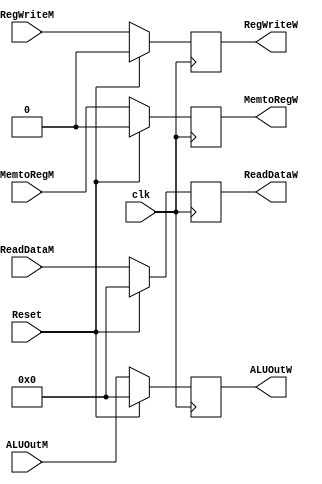
`timescale 1ns / 1ps

module PipRegMem_WB(clk, Reset, RegWriteM, RegWriteW, MemtoRegM, MemtoRegW,
		 ReadDataM, ReadDataW, ALUOutM, ALUOutW);
		 
  input clk, Reset, RegWriteM, MemtoRegM;
  input [31:0] ReadDataM, ALUOutM;

  output reg RegWriteW, MemtoRegW;
  output reg [31:0] ReadDataW, ALUOutW;

  always @ (posedge clk) 
  begin
    if (Reset) 
	 begin
      RegWriteW <= 0;
		MemtoRegW <= 0;
		ReadDataW <= 0;
		ALUOutW <= 0;
    end
    else 
	 begin
      RegWriteW <= RegWriteM;
		MemtoRegW <= MemtoRegM;
		ReadDataW <= ReadDataM;
		ALUOutW <= ALUOutM;
    end
  end
endmodule